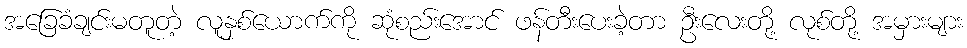
အခြေခံချင်းမတူတဲ့ လူနှစ်ယောက်ကို ဆုံစည်းအောင် ဖန်တီးပေးခဲ့တာ ဦးလေးတို့ လုစ်တို့ အမှားများ